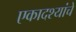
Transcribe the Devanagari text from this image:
एकादश्यांचे